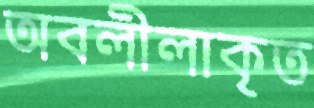
অবলীলাকৃত